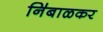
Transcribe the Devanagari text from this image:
नि॑बाळकर